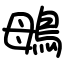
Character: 䳇